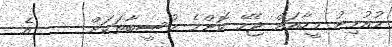
މުއުމިނު މީހާއަށް ޖެހޭ ކޮންމެ މުސީބާތަކަށް     އެ